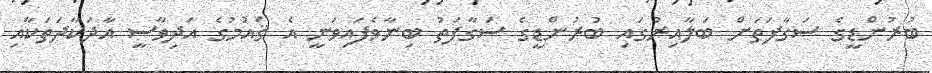
ބުރުންޑީގެ ސަގާފަތަށް ބަލާއިރުގައި ބުރުންޑީގެ ސަގާފަތު ބިނާވެފައިވަނީ އެ ޤައުމުގެ އަދިވާސީ އާދަކާދަތަކާއި